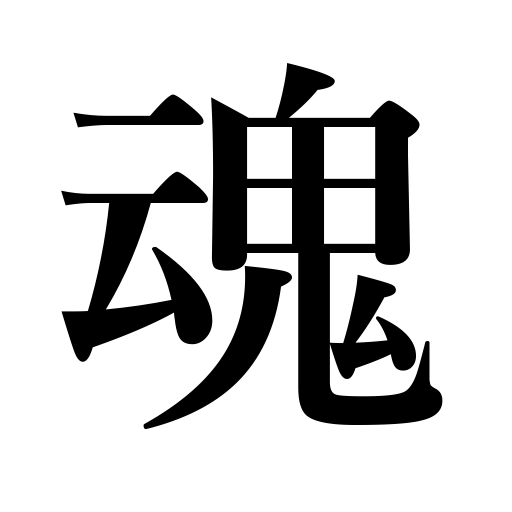
Meanings: soul,spirit